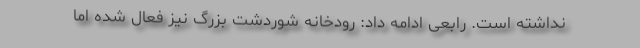
نداشته است. رابعی ادامه داد: رودخانه شوردشت بزرگ نیز فعال شده اما